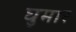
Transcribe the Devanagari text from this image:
घुमार